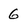
Character: 6